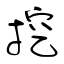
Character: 挖